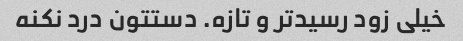
خیلی زود رسید‌تر و تازه. دستتون درد نکنه